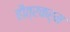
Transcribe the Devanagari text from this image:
हौत्रकर्म